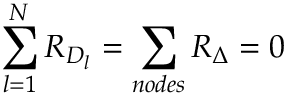
\sum _ { l = 1 } ^ { N } { \cal R } _ { D _ { l } } = \sum _ { n o d e s } { \cal R } _ { \Delta } = 0